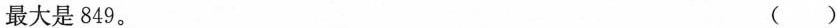
最大是849。 ( )